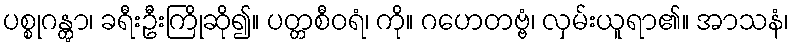
ပစ္စုဂန္တွာ၊ ခရီးဦးကြိုဆို၍။ ပတ္တစီဝရံ၊ ကို။ ဂဟေတဗ္ဗံ၊ လှမ်းယူရာ၏။ အာသနံ၊